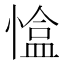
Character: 𢠏